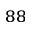
^ { 8 8 }